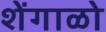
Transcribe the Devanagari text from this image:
शेंगाळो